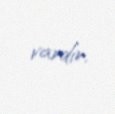
vardır.